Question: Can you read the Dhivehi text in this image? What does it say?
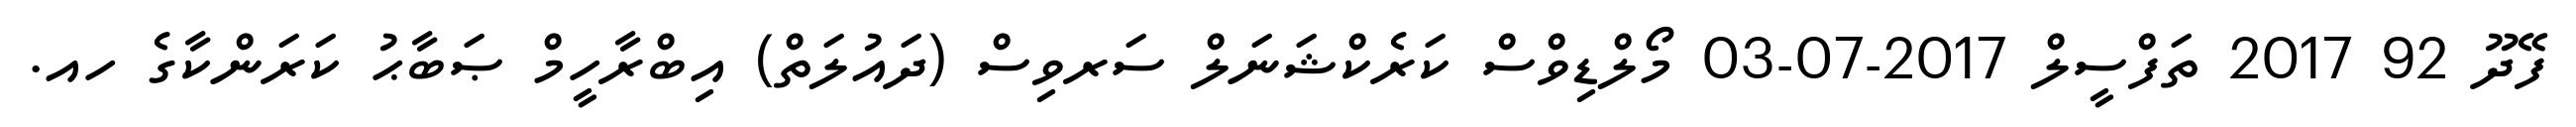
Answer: ފޭދޫ 92 2017 ތަފްސީލް 2017-07-03 މޯލްޑިވްސް ކަރެކްޝަނަލް ސަރވިސް (ދައުލަތް) އިބްރާހީމް ޞަބާޙު ކަރަންކާގެ ހއ.